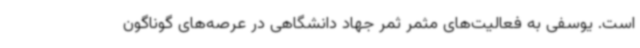
است. یوسفی به فعالیت‌های مثمر ثمر جهاد دانشگاهی در عرصه‌های گوناگون